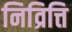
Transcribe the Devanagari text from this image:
निव्रित्ति